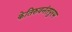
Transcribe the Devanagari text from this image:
केतिरुवनंतपुरम